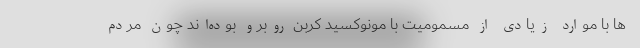
ها با موارد زیادی از مسمومیت با مونوکسید کربن روبرو بوده‌اند چون مردم